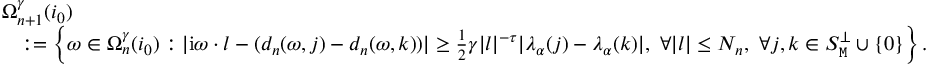
\begin{array} { r l } & { \Omega _ { n + 1 } ^ { \gamma } ( i _ { 0 } ) } \\ & { \quad : = \left\{ \omega \in \Omega _ { n } ^ { \gamma } ( i _ { 0 } ) : | \mathrm { i } \omega \cdot l - ( d _ { n } ( \omega , j ) - d _ { n } ( \omega , k ) ) | \ge \frac { 1 } { 2 } \gamma | l | ^ { - \tau } | \lambda _ { \alpha } ( j ) - \lambda _ { \alpha } ( k ) | , \ \forall | l | \le N _ { n } , \ \forall j , k \in S _ { \mathtt { M } } ^ { \perp } \cup \left\{ 0 \right\} \right\} . } \end{array}